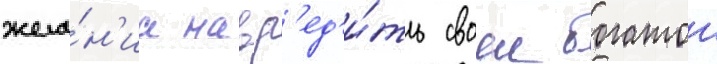
жела́н'иа навр'ед'и́ть своеи богатои